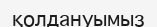
қолдануымыз